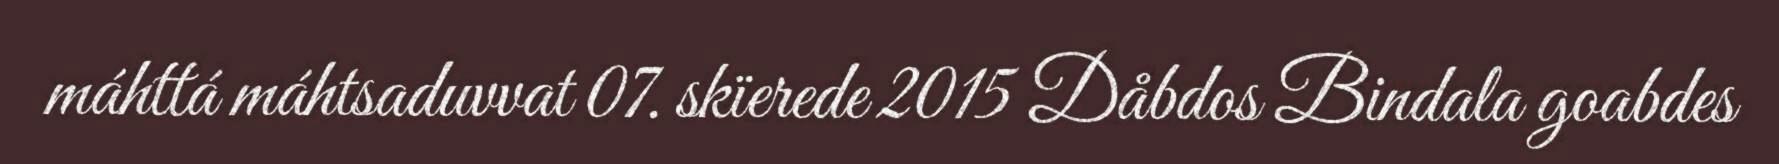
máhttá máhtsaduvvat 07. skïerede 2015 Dåbdos Bindala goabdes